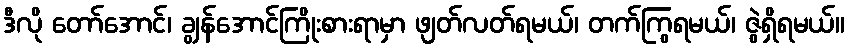
ဒီလို တော်အောင်၊ ချွန်အောင်ကြိုးစားရာမှာ ဖျတ်လတ်ရမယ်၊ တက်ကြွရမယ်၊ ဇွဲရှိရမယ်။